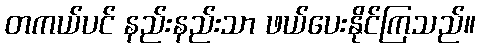
တကယ်ပင် နည်းနည်းသာ ဖယ်ပေးနိုင်ကြသည်။